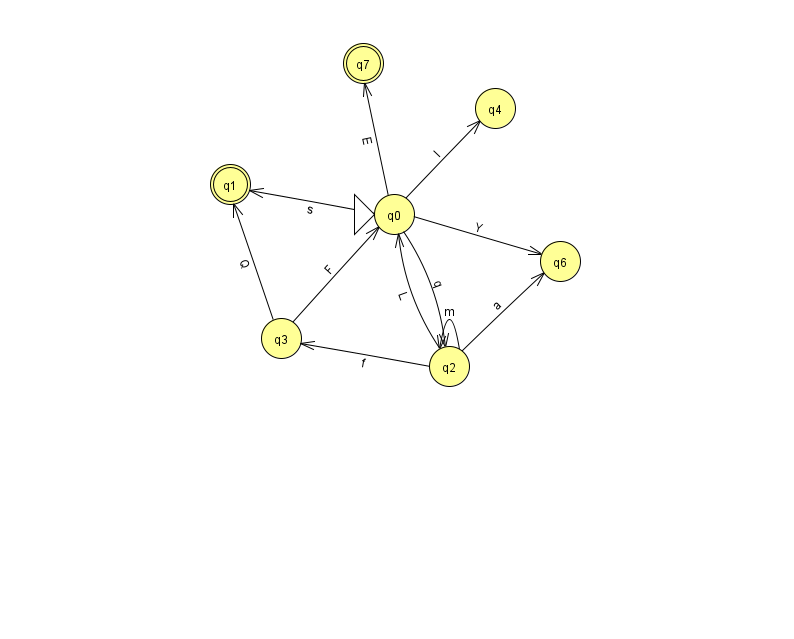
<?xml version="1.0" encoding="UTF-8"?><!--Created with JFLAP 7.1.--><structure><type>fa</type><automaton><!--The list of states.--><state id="0" name="q0"><x>394.0</x><y>201.0</y><initial/></state><state id="1" name="q1"><x>230.0</x><y>171.0</y><final/></state><state id="2" name="q2"><x>449.0</x><y>353.0</y></state><state id="3" name="q3"><x>281.0</x><y>325.0</y></state><state id="4" name="q4"><x>495.0</x><y>95.0</y></state><state id="6" name="q6"><x>560.0</x><y>248.0</y></state><state id="7" name="q7"><x>363.0</x><y>50.0</y><final/></state><!--The list of transitions.--><transition><from>2</from><to>0</to><read>L</read></transition><transition><from>0</from><to>1</to><read>s</read></transition><transition><from>0</from><to>7</to><read>E</read></transition><transition><from>2</from><to>3</to><read>f</read></transition><transition><from>3</from><to>0</to><read>F</read></transition><transition><from>2</from><to>6</to><read>a</read></transition><transition><from>0</from><to>4</to><read>l</read></transition><transition><from>3</from><to>1</to><read>Q</read></transition><transition><from>2</from><to>2</to><read>m</read></transition><transition><from>0</from><to>2</to><read>q</read></transition><transition><from>0</from><to>6</to><read>Y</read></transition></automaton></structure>